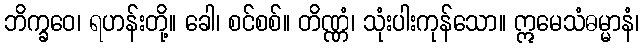
ဘိက္ခဝေ၊ ရဟန်းတို့။ ခေါ၊ စင်စစ်။ တိဏ္ဏံ၊ သုံးပါးကုန်သော။ ဣမေသံဓမ္မာနံ၊